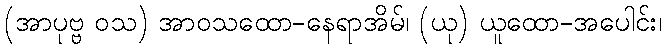
(အာပုဗ္ဗ ဝသ) အာဝသထော-နေရာအိမ်၊ (ယု) ယူထော-အပေါင်း၊